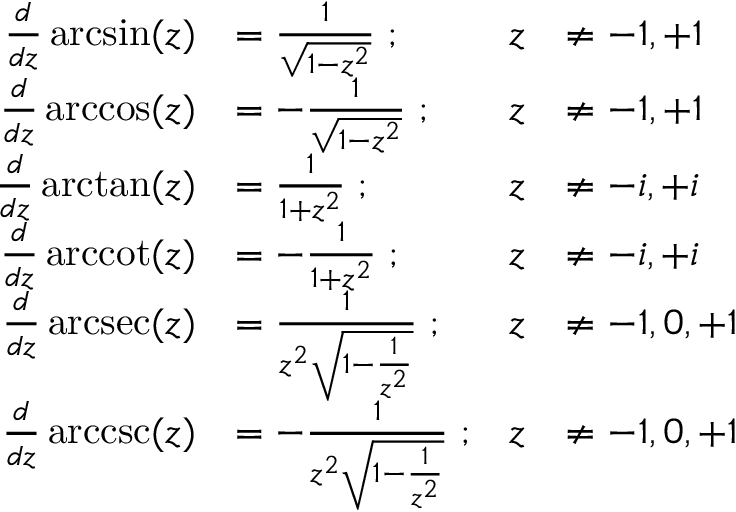
{ \begin{array} { r l r l } { { \frac { d } { d z } } \arcsin ( z ) } & { = { \frac { 1 } { \sqrt { 1 - z ^ { 2 } } } } \; ; } & { z } & { \neq - 1 , + 1 } \\ { { \frac { d } { d z } } \operatorname { a r c c o s } ( z ) } & { = - { \frac { 1 } { \sqrt { 1 - z ^ { 2 } } } } \; ; } & { z } & { \neq - 1 , + 1 } \\ { { \frac { d } { d z } } \arctan ( z ) } & { = { \frac { 1 } { 1 + z ^ { 2 } } } \; ; } & { z } & { \neq - i , + i } \\ { { \frac { d } { d z } } \operatorname { a r c c o t } ( z ) } & { = - { \frac { 1 } { 1 + z ^ { 2 } } } \; ; } & { z } & { \neq - i , + i } \\ { { \frac { d } { d z } } \operatorname { a r c s e c } ( z ) } & { = { \frac { 1 } { z ^ { 2 } { \sqrt { 1 - { \frac { 1 } { z ^ { 2 } } } } } } } \; ; } & { z } & { \neq - 1 , 0 , + 1 } \\ { { \frac { d } { d z } } \operatorname { a r c c s c } ( z ) } & { = - { \frac { 1 } { z ^ { 2 } { \sqrt { 1 - { \frac { 1 } { z ^ { 2 } } } } } } } \; ; } & { z } & { \neq - 1 , 0 , + 1 } \end{array} }